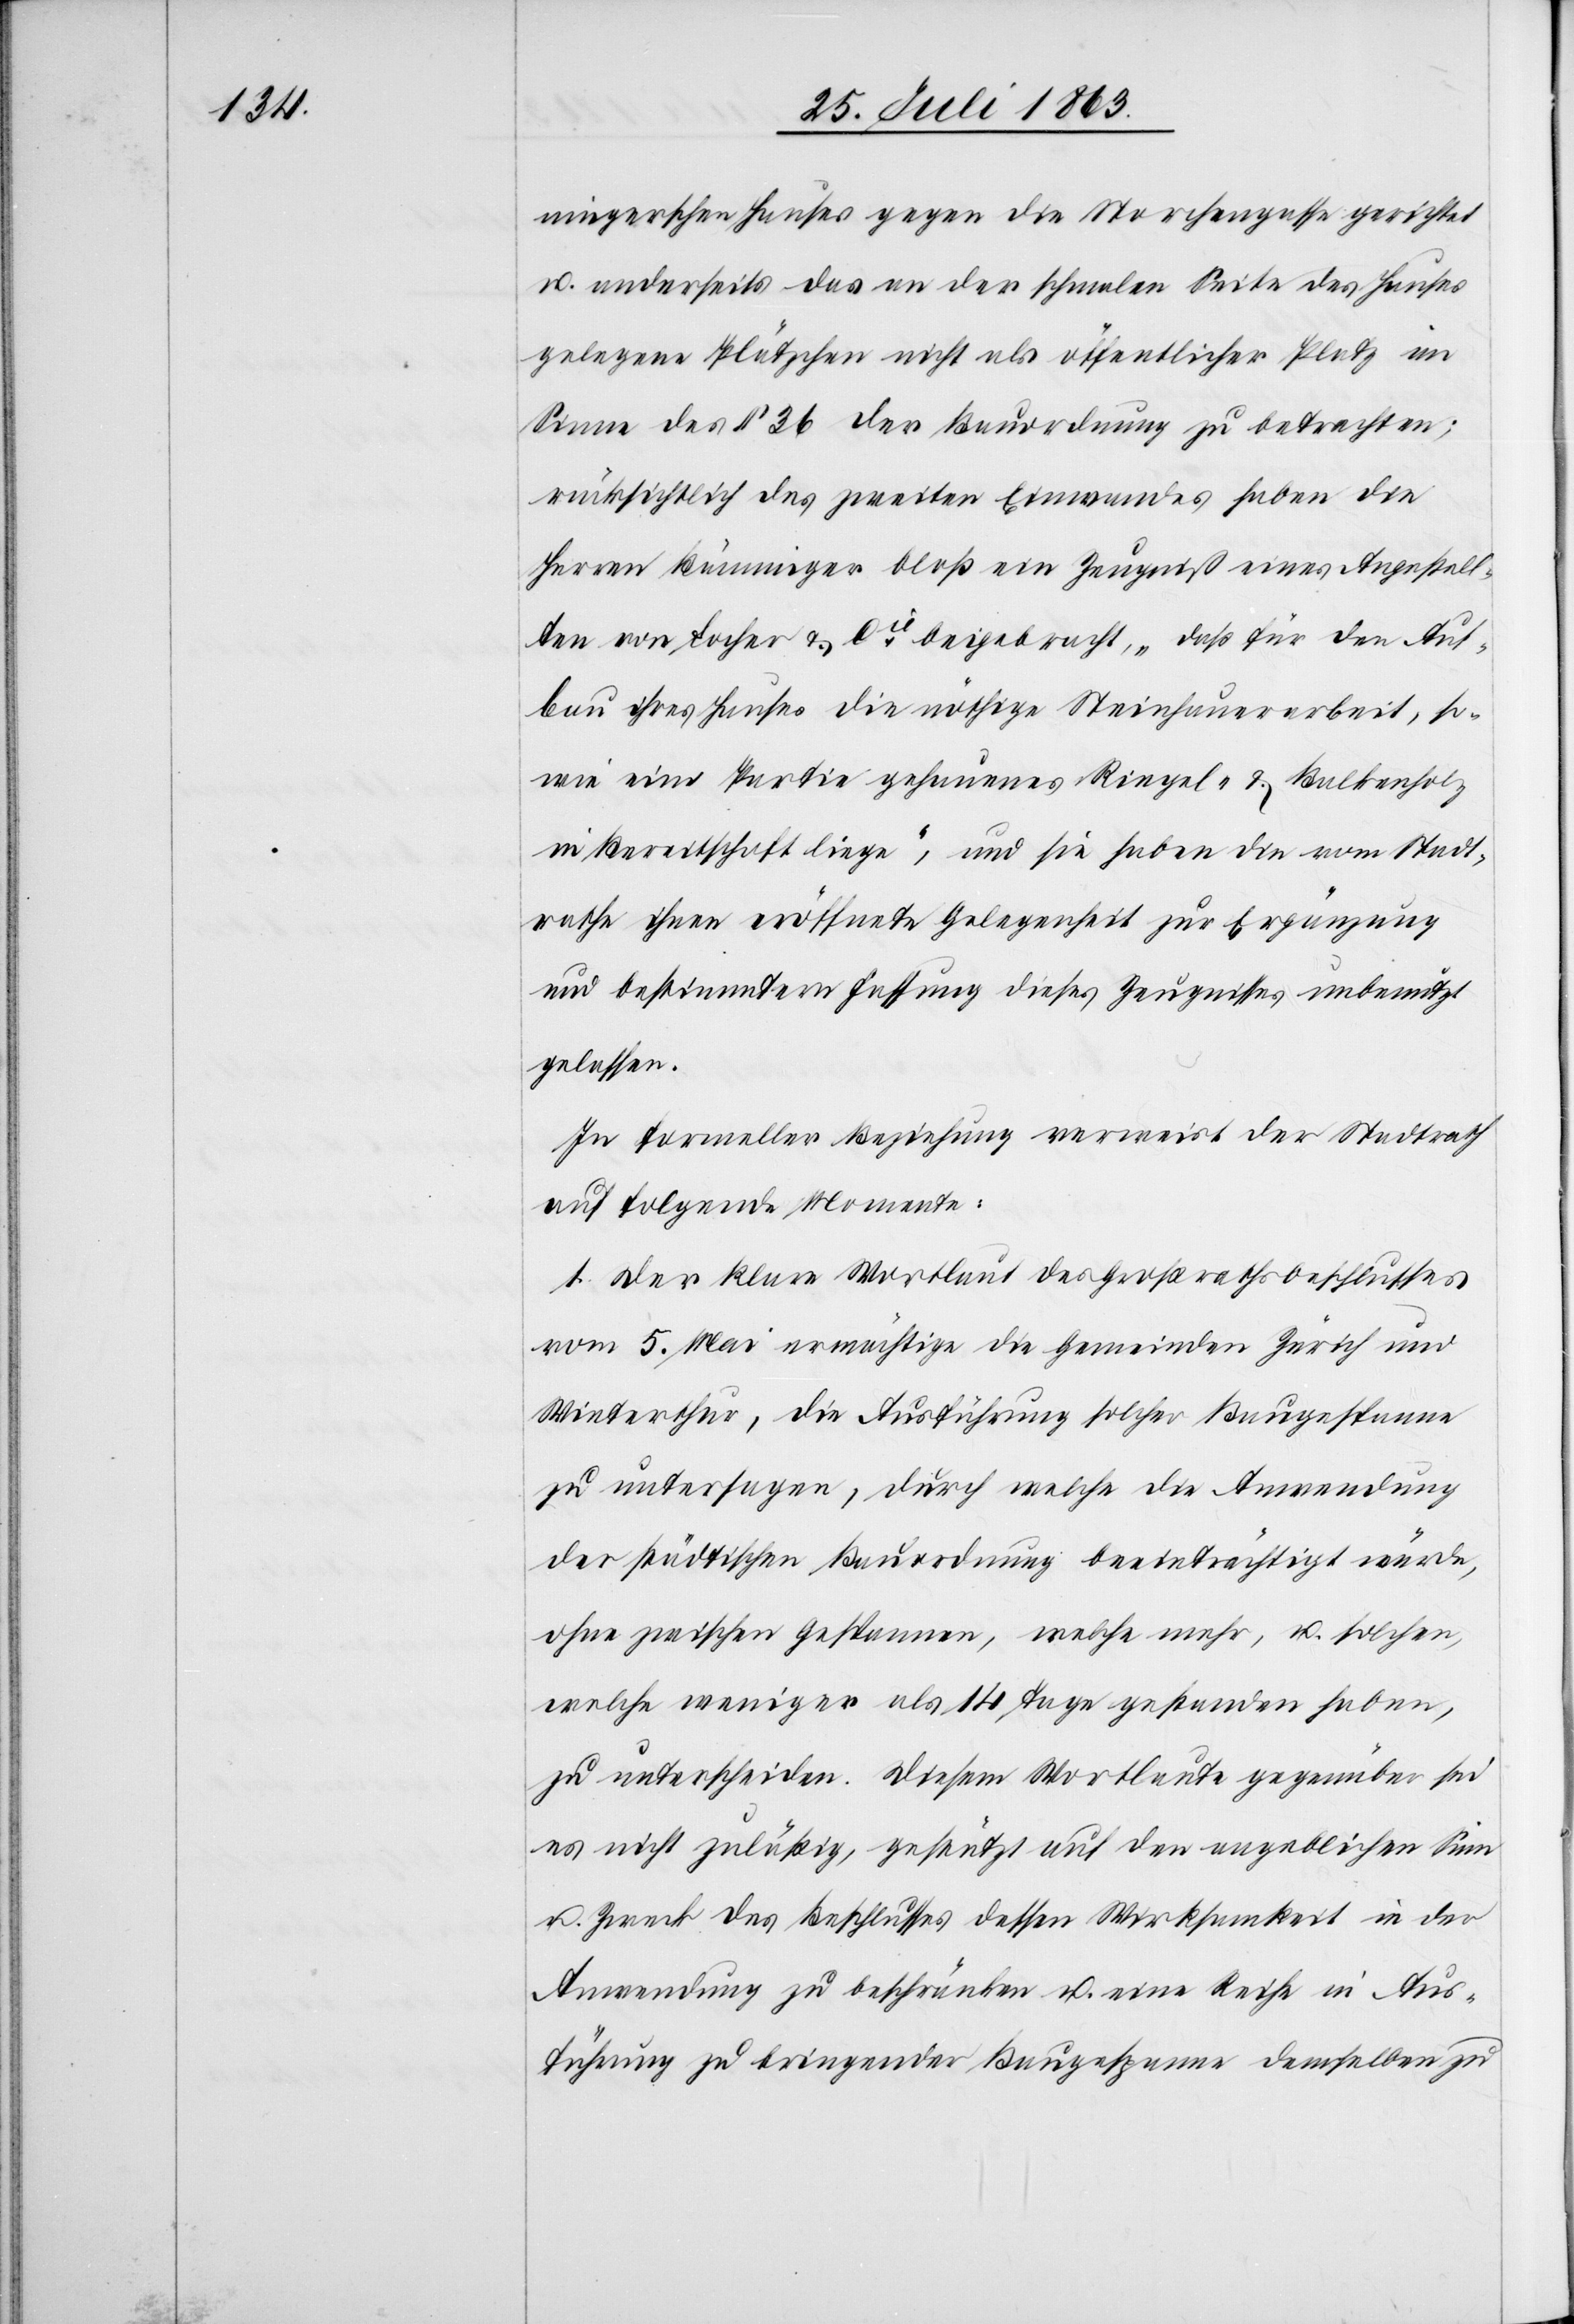
ningerschen Hauses gegen die Storchengasse gerichtet
u. anderseits das an der schmalen Seite des Hauses
gelegene Plätzchen nicht als öffentlicher Platz im
Sinne des § 36 der Bauordnung zu betrachten;
rücksichtlich des zweiten Einwandes haben die
Herren Bänninger bloß ein Zeugniß eines Angestell¬
ten von Locher & Cie beigebracht, „daß für den Auf¬
bau ihres Hauses die nöthige Steinhauerarbeit, so¬
wie eine Partie gehauenes Riegel- & Balkenholz
in Bereitschaft liege“, und sie haben die vom Stadt¬
rathe ihnen eröffnete Gelegenheit zur Ergänzung
und bestimmtern Fassung dieses Zeugnisses unbenutzt
gelassen.
In formeller Beziehung verweist der Stadtrath
auf folgende Momente:
1. Der klare Wortlaut des Großrathsbeschlusses
vom 5. Mai ermächtige die Gemeinden Zürich und
Winterthur, die Ausführung solcher Baugespanne
zu untersagen, durch welche die Anwendung
der städtischen Bauordnung beeinträchtigt würde,
ohne zwischen Gespannen, welche mehr, u. solchen,
welche weniger als 14 Tage gestanden haben,
zu unterscheiden. Diesem Wortlaute gegenüber sei
es nicht zuläßig, gestützt auf den angeblichen Sinn
u. Zweck des Beschlusses dessen Wirksamkeit in der
Anwendung zu beschränken u. eine Reihe in Aus¬
führung zu bringender Baugespanne demselben zu